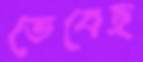
ভেবেছ